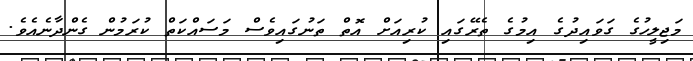
މަޖިލީހުގެ ގަވައިދުގެ އިމުގެ ތެރޭގައި ކުރިއަށް އޮތް ތަނުގައިވެސް މަސައްކަތް ކުރަމުން ގެންދާނެއެވެ.